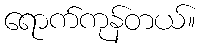
ရောက်ကုန်တယ်။